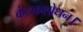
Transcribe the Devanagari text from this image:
कंटकशोधन।